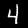
Digit: 4